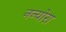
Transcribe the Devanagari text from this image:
नन्योरा